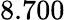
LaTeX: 8.700